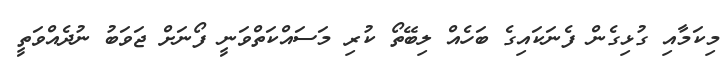
މިކަމާއި ގުޅިގެން ފެނަކައިގެ ބަހެއް ލިބޭތޯ ކުރި މަސައްކަތްވަނީ ފޯނަށް ޖަވަބު ނުދެއްވަތީ